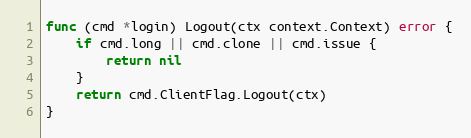
Language: Go
func (cmd *login) Logout(ctx context.Context) error {
	if cmd.long || cmd.clone || cmd.issue {
		return nil
	}
	return cmd.ClientFlag.Logout(ctx)
}